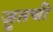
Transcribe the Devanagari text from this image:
ज़ुतची